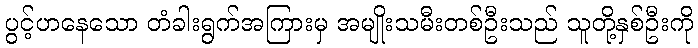
ပွင့်ဟနေသော တံခါးရွက်အကြားမှ အမျိုးသမီးတစ်ဦးသည် သူတို့နှစ်ဦးကို